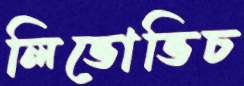
লিভোভিচ